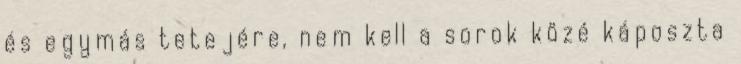
és egymás tetejére, nem kell a sorok közé káposzta